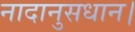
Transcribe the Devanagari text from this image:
नादानुसधान।